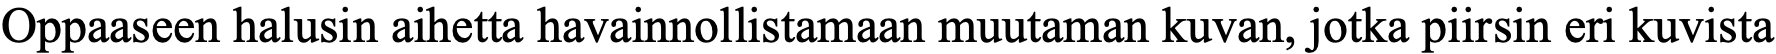
Oppaaseen halusin aihetta havainnollistamaan muutaman kuvan, jotka piirsin eri kuvista